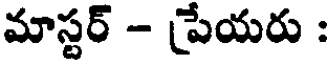
మాస్టర్ - ప్రేయరు :